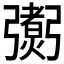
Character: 𢐼